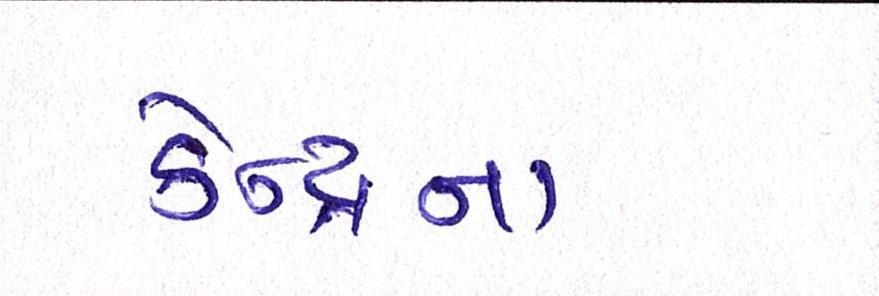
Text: કેન્દ્રનાં